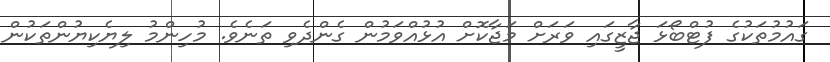
ގައުމުތަކުގެ ފުޓްބޯޅަ ޖާޒީގައި ވަރަށް މަޖާކޮށް އުޅުއްވަމުން ގެންދެވި ތަނެވެ. މުހިންމު ލިޔެކިޔުންތަކުން